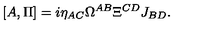
[ A , \Pi ] = i \eta _ { A C } \Omega ^ { A B } \Xi ^ { C D } J _ { B D } .